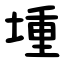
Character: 堹